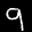
Label: 9